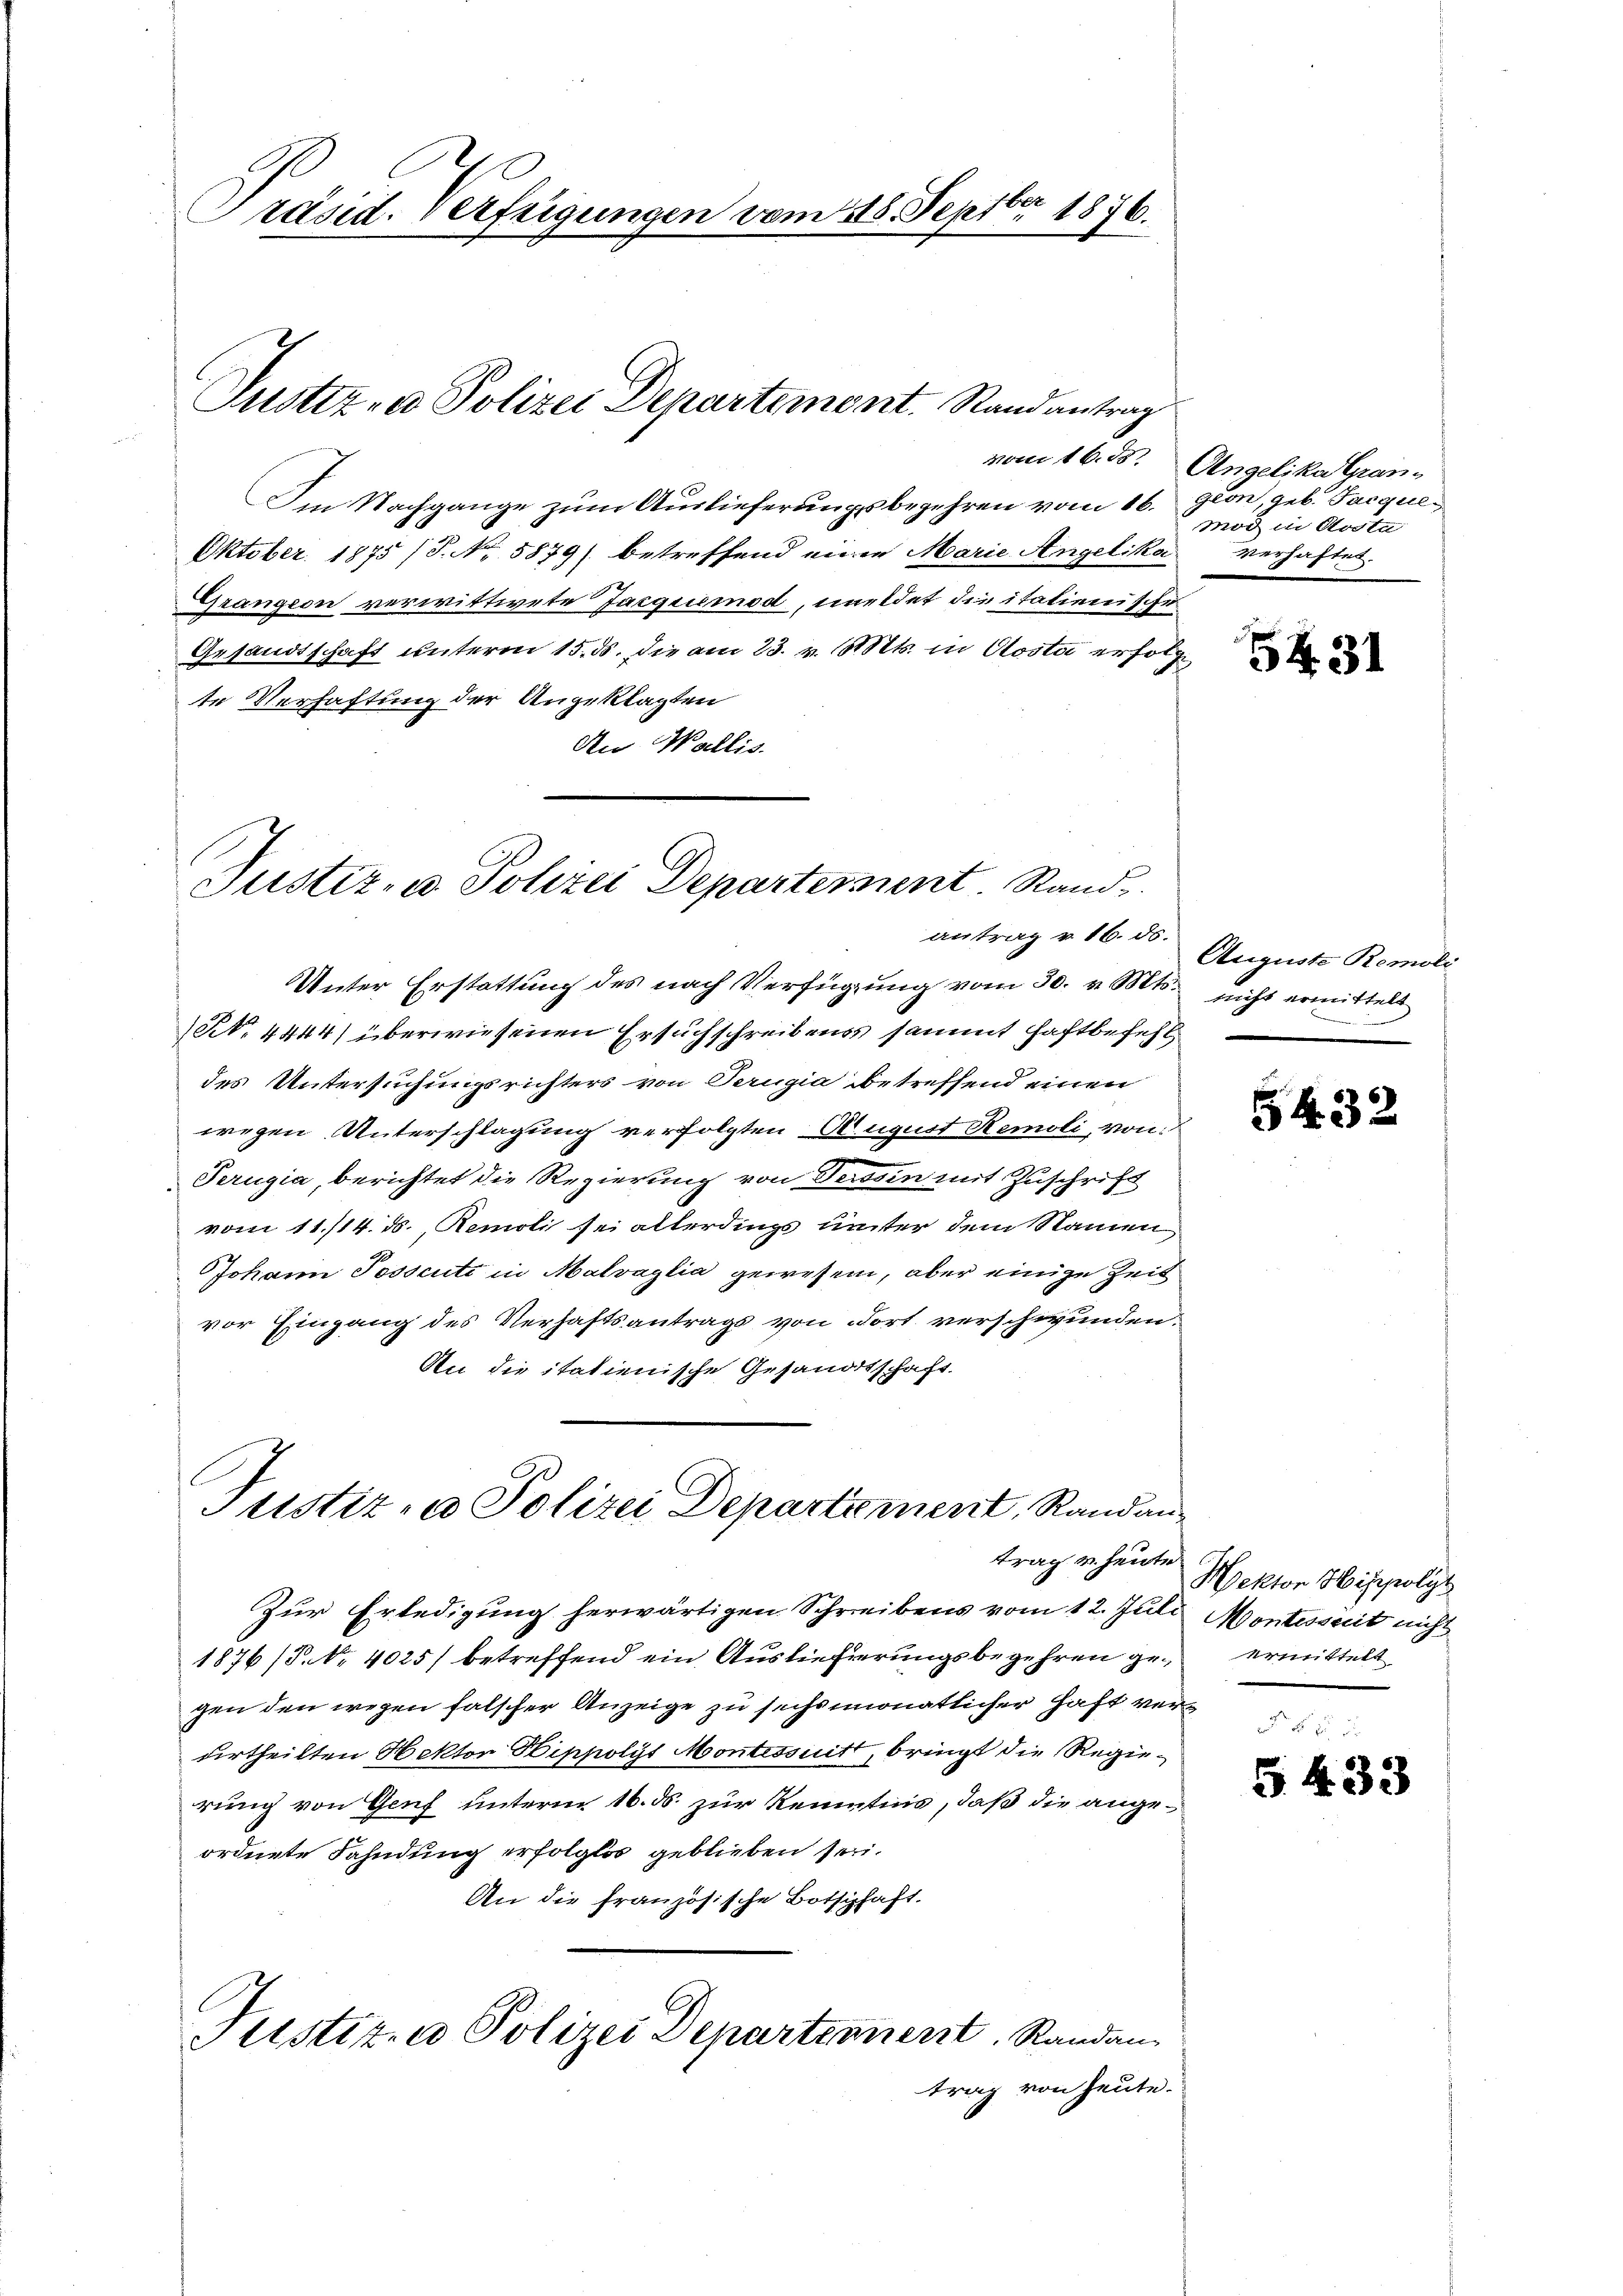
et
Präsid. Verfügungen vom 118. Sept. 1876.

Justiz- u Polizei Departement. Randantrag

Im Nachgange zum Auslieferungsbegehren vom 16. geon, geb. Jacque¬
Oktober 1875 (8. No. 5879) betreffend einen Marie Angelika verhaftet.
Grangen verwittwete Jacquemnoch, meldet die italienische
Gesandtschaft unterm 15. ds. die am 23. v. Mts. in Costa erfolgte Verhaftung der Angeklagten
An Wallis.

Justiz- u. Polizei Departement. Rand
antrag v. 16. ds.

Unter Erstattung des nach Verfügung vom 30. v. Mts. nicht ermittelt
N. 4444) überwiesenen Ersuchschreibens sammt haftbefehl
des Untersuchungsrichters von Perugia betreffend einen
wegen Unterschlagung verfolgten August Remoli, von
Perugia, berichtet die Regierung von Tessin mit Zuschrift
vom 11./14. ds., Remoli sei allerdings unter dem Namen
Johann Posscute in Malvaglia gewesen, aber einige Zeit
vor Eingang des Verhaftsantrags von Fort verschwunden.
An die itatienische Gesandtschaft.
Justiz- u Polizei Departement, Randan¬

trag u. heute

vom 16. ds. Angelika Gran-
mod in Aosta

Zur Erledigung herwärtigen Schreibens vom 12. Juli Montesseit nicht
1876 (P. Nr. 4025) betreffend ein Auslieferungsbegehren gegen den wegen falscher Anzeige zu sechsmonatlicher Haft verurtheilten Hektor Hippolyt Montessiitt, bringt die Regierung von Genf unterm 16. ds. zur Kenntnis, daß die angeordnete Fahndung erfolglos geblieben sei.
An die französische Botschaft.
Justiz- u Polizei Departement. Randan
trag von heute.

54. 31

Auguste Remoli

54. 32

Hektor Hippolyt
ermittelt

§ 433